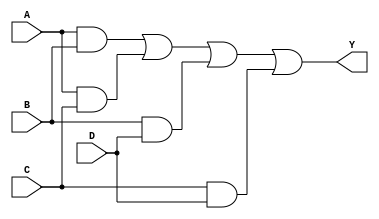
module combinational_logic_block (
    input wire A, // Input A
    input wire B, // Input B
    input wire C, // Input C
    input wire D, // Input D
    output wire Y // Output Y
);

// Internal signals for intermediate logic
wire AB; // A AND B
wire AC; // A AND C
wire BD; // B AND D
wire CD; // C AND D

// Example logic expression derived from minimization techniques
// Y = (A AND B) OR (A AND C) OR (B AND D) OR (C AND D)
assign AB = A & B; // AND gate for A and B
assign AC = A & C; // AND gate for A and C
assign BD = B & D; // AND gate for B and D
assign CD = C & D; // AND gate for C and D

// Final output logic
assign Y = AB | AC | BD | CD; // OR gate for the final output

endmodule